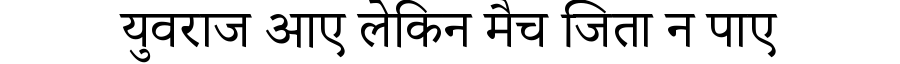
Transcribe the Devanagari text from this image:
युवराज आए लेकिन मैच जिता न पाए